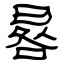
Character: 晷